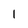
Character: 1